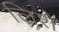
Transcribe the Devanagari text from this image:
लिशे